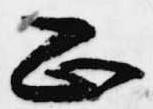
正